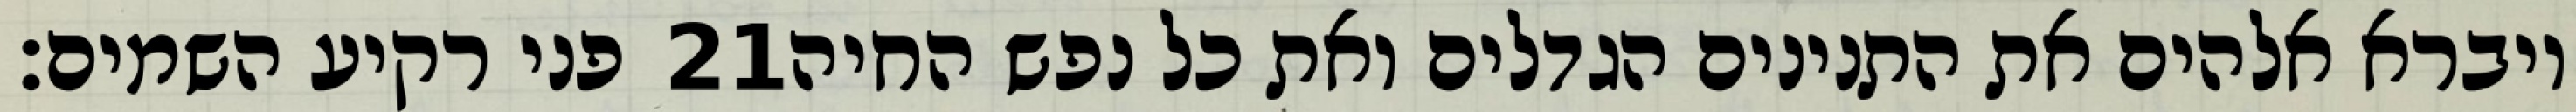
פני רקיע השמים׃ ‎21‏ ויברא אלהים את התנינים הגדלים ואת כל נפש החיה